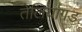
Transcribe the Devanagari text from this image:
तेलियागड